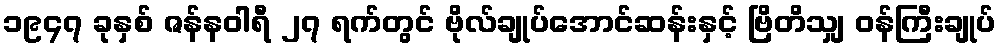
၁၉၄၇ ခုနှစ် ဇန်နဝါရီ ၂၇ ရက်တွင် ဗိုလ်ချုပ်အောင်ဆန်းနှင့် ဗြိတိသျှ ဝန်ကြီးချုပ်